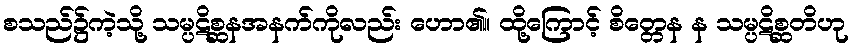
စသည်၌ကဲ့သို့ သမ္ပဋိစ္ဆနအနက်ကိုလည်း ဟော၏။ ထို့ကြောင့် စိတ္တေန န သမ္ပဋိစ္ဆတိဟု